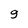
Character: 9